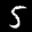
Label: 5